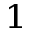
^ 1